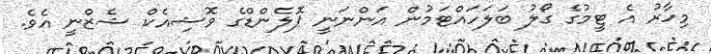
މިހާރު އެ ޓީމުގެ ގޯލު ބަލަހައްޓަމުން އަންނަނީ ޕޮލެންޑްގެ ވޮޝިއެކް ޝެޒްނީ އެވެ.